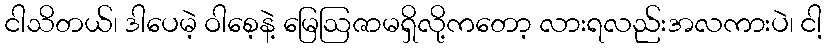
ငါသိတယ်၊ ဒါပေမဲ့ ဝါစေ့နဲ့ မြေဩဇာမရှိလို့ကတော့ လားရလည်းအလကားပဲ၊ ငါ့